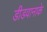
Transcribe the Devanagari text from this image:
डीडवानाके